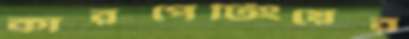
কারপেটিংয়ের